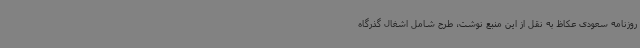
روزنامه سعودی عکاظ به نقل از این منبع نوشت، طرح شامل اشغال گذرگاه